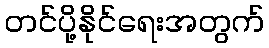
တင်ပို့နိုင်ရေးအတွက်